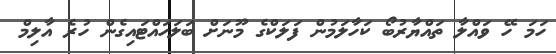
ހަމަ ހޭ ވައްލާ ތައްޔާރުބޯ ކަހާލަމުން ފަލަކްގެ މޫނަށް ބަލަހައްޓައިގެން ހުރެ އާލިމް